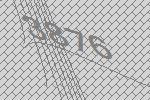
3876